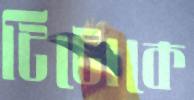
টিটোকে